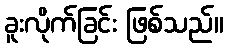
ခူးလိုက်ခြင်း ဖြစ်သည်။